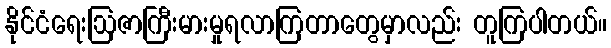
နိုင်ငံရေးဩဇာကြီးမားမှုရလာကြတာတွေမှာလည်း တူကြပါတယ်။